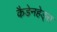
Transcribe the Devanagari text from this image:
कैडेनहेड्स